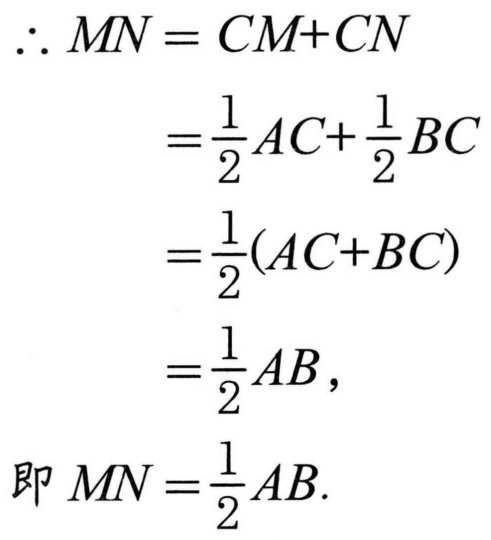
$\begin{align*}
\therefore MN&=CM + CN\\
&=\frac{1}{2}AC+\frac{1}{2}BC\\
&=\frac{1}{2}(AC + BC)\\
&=\frac{1}{2}AB,
\end{align*}$
即$MN=\frac{1}{2}AB$.